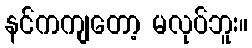
နင်ကကျတော့ မလုပ်ဘူး။